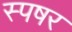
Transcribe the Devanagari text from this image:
स्पषर